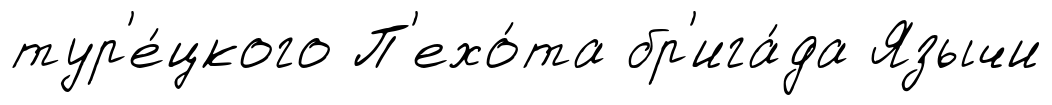
тур'е́цкого П'ехо́та бр'ига́да Язычи